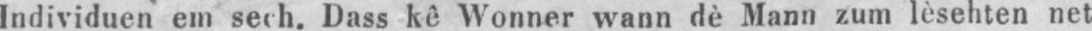
Individuen em sech. Dass kê Wonner wann dè Mann zum lèsehten net